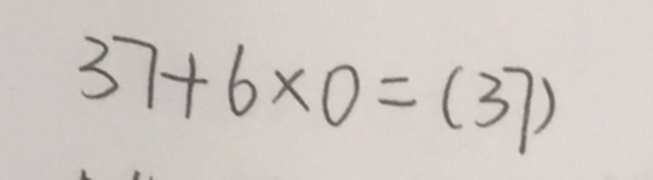
3 7 + 6 \times 0 = ( 3 7 )